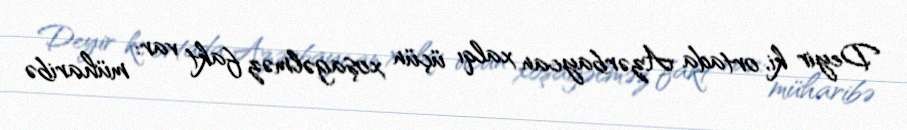
Deyir ki, ortada Azərbaycan xalqı üçün xoşagəlməz fakt var: müharibə